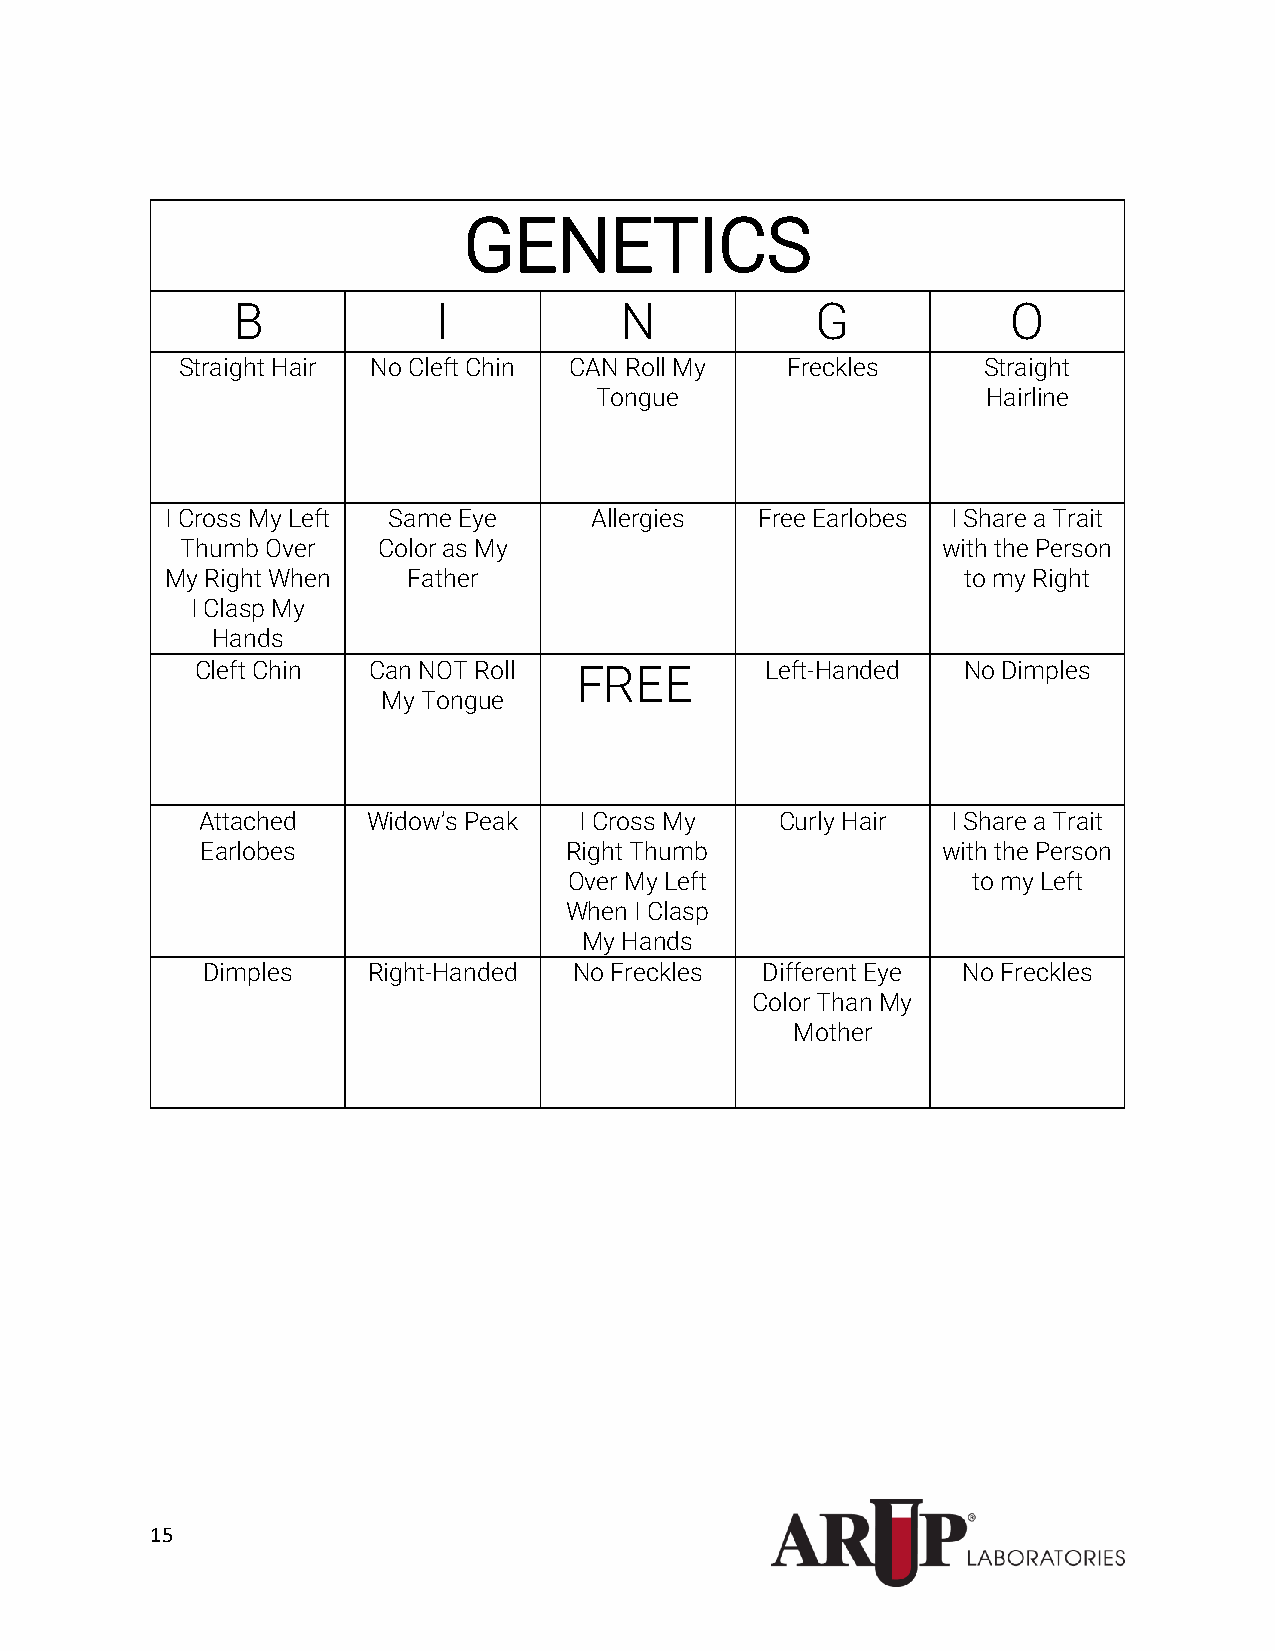
GENETICS
 B             I           N            G            O
 Straight Hair No Cleft Chin CAN Roll My Freckles     Straight
 Tongue                    Hairline
 I Cross My Left Same Eye    Allergies  Free Earlobes I Share a Trait
 Thumb Over   Color as My                          with the Person
 My Right When   Father                               to my Right
 I Clasp My
 Hands
 Cleft Chin Can NOT Roll  FREE         Left-Handed  No Dimples
 My Tongue
 Attached   Widow’s Peak  I Cross My    Curly Hair I Share a Trait
 Earlobes                Right Thumb              with the Person
 Over My Left              to my Left
 When I Clasp
 My Hands
 Dimples    Right-Handed  No Freckles Different Eye No Freckles
 Color Than My
 Mother
 15